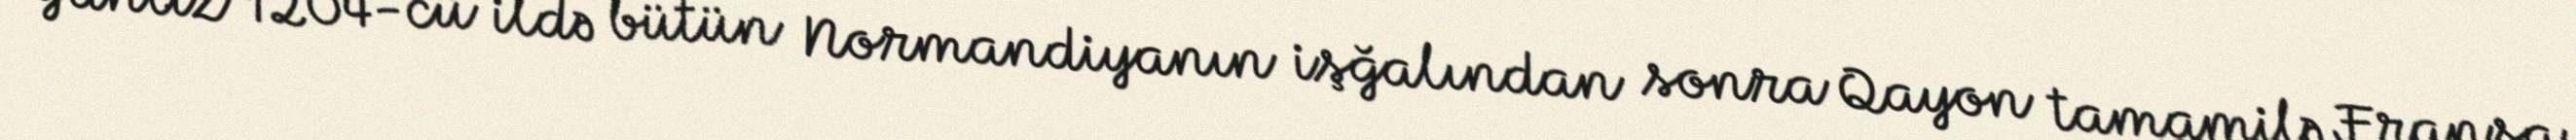
Yanlız 1204-cü ildə bütün Normandiyanın işğalından sonra Qayon tamamilə Fransa